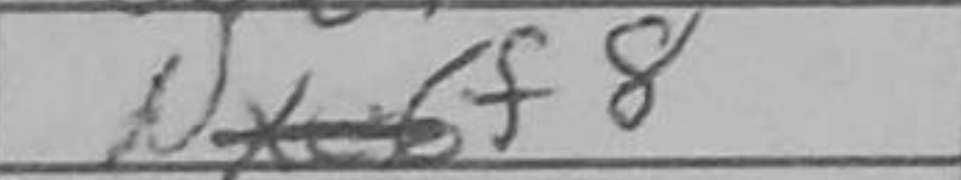
Transcription: Nf8